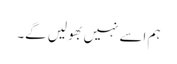
ہم اسے نہیں بھولیں گے۔